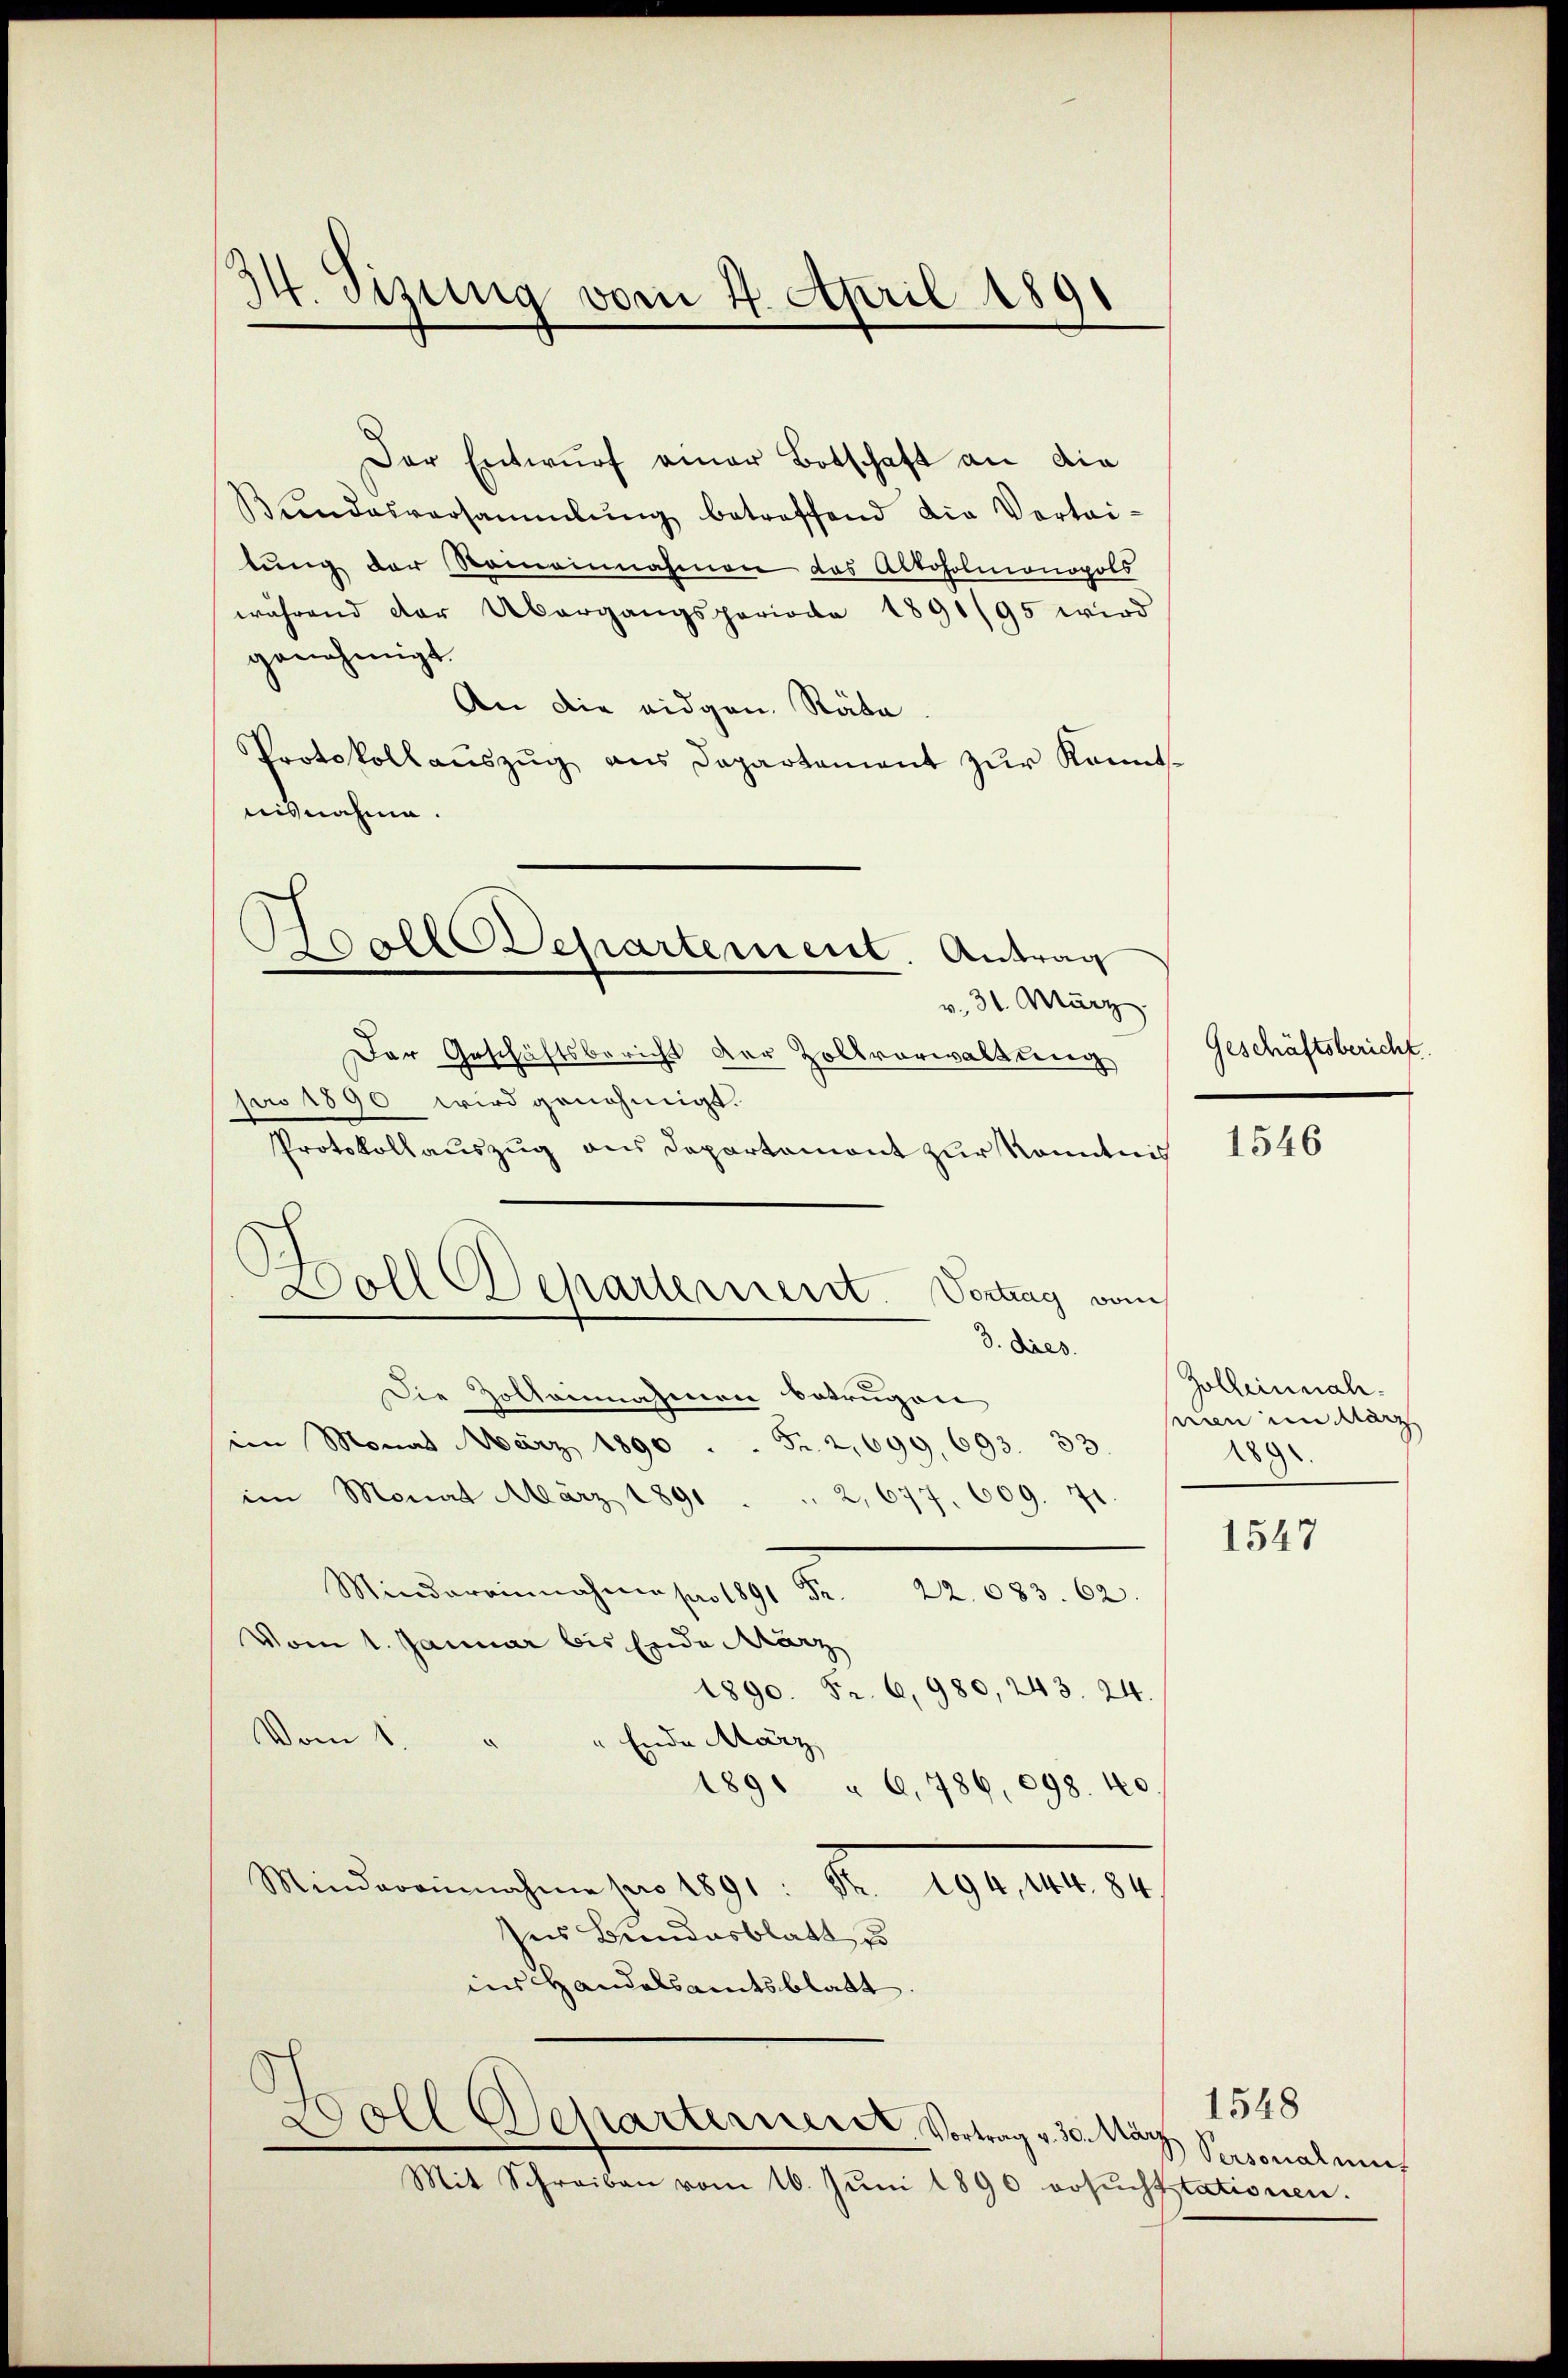
34. Tizung vom 4. April 1891

Der Entwurf einer Botschaft an die
Bŭndesversammlung betreffend die Vertai-
tung der Romeinnahmen das Altoholmonopols
während der Übergangsperiode 1891/95 wird
genehmigt.
An die eidgen. Räte.
Protokollaŭszŭg aŭs Departement zŭr kannt
nisnahme
v. 31. März.
Der Geschäftsbericht der Zollvorwaltung
pro 1890 wird genehmigt.
Protokollaŭszŭg ans Departemont zur Kenntnis
Die Zolleinnahmen betrugen
im Monat März 1890. Fr. 2,699, 693. 33.
im Monat März 1891 ... 2, 677. 609. 71.
Mindereinnahme pro 1891 Fr. 22. 683. 62.
Vom 1. Januar bis Ende März
1890. Fr. 6, 980, 243. 24.
Vom 1.
" Ende März
1891 " 6, 786, 698. 40.
Mindereinigen der 1891 Nr. 191. 1497
ses Bundesblatt zu
ins Handelsamtsblatt
.
oll Separterneret, Vortrag v. 30. März
Mit Schreiben vom 10. Jŭni 1890 ersŭchtstationen.

Hoolldepartement. Antrag

Boll Departement. Vertrag vom
3. dies

Geschäftsbericht.

1546

Zolleinnahseen im März
289

1547

1548
Personalmit